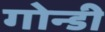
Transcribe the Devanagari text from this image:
गोन्डी